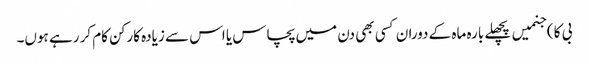
بی کا ) جنمیں پچھلے بارہ ماہ کے دوران کسی بھی دن میں پچاس یا اس سے زیادہ کارکن کام کر رہے ہوں۔